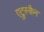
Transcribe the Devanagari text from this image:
एट्रुस्कैन